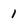
Character: 1